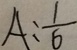
A : \frac { 1 } { 6 }